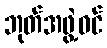
ဘုတ်အဖွဲ့ဝင်